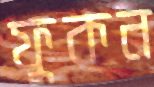
ফুকন